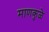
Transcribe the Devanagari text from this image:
माणकुळे